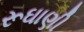
રૂઘાણી